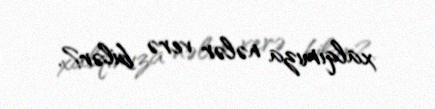
xalqımıza nələr verə bilər?.